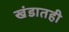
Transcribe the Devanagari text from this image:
खंडातही